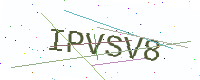
Text: IPVSV8